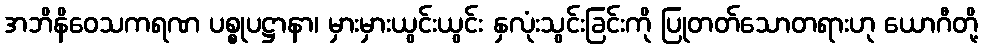
အဘိနိဝေသကရဏ ပစ္စုပဋ္ဌာနာ၊ မှားမှားယွင်းယွင်း နှလုံးသွင်းခြင်းကို ပြုတတ်သောတရားဟု ယောဂီတို့